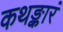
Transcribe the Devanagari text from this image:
कथङ्कारं